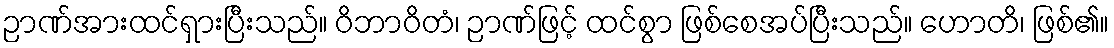
ဉာဏ်အားထင်ရှားပြီးသည်။ ဝိဘာဝိတံ၊ ဉာဏ်ဖြင့် ထင်စွာ ဖြစ်စေအပ်ပြီးသည်။ ဟောတိ၊ ဖြစ်၏။